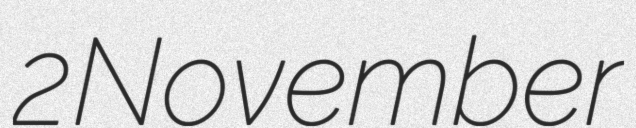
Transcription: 2 November